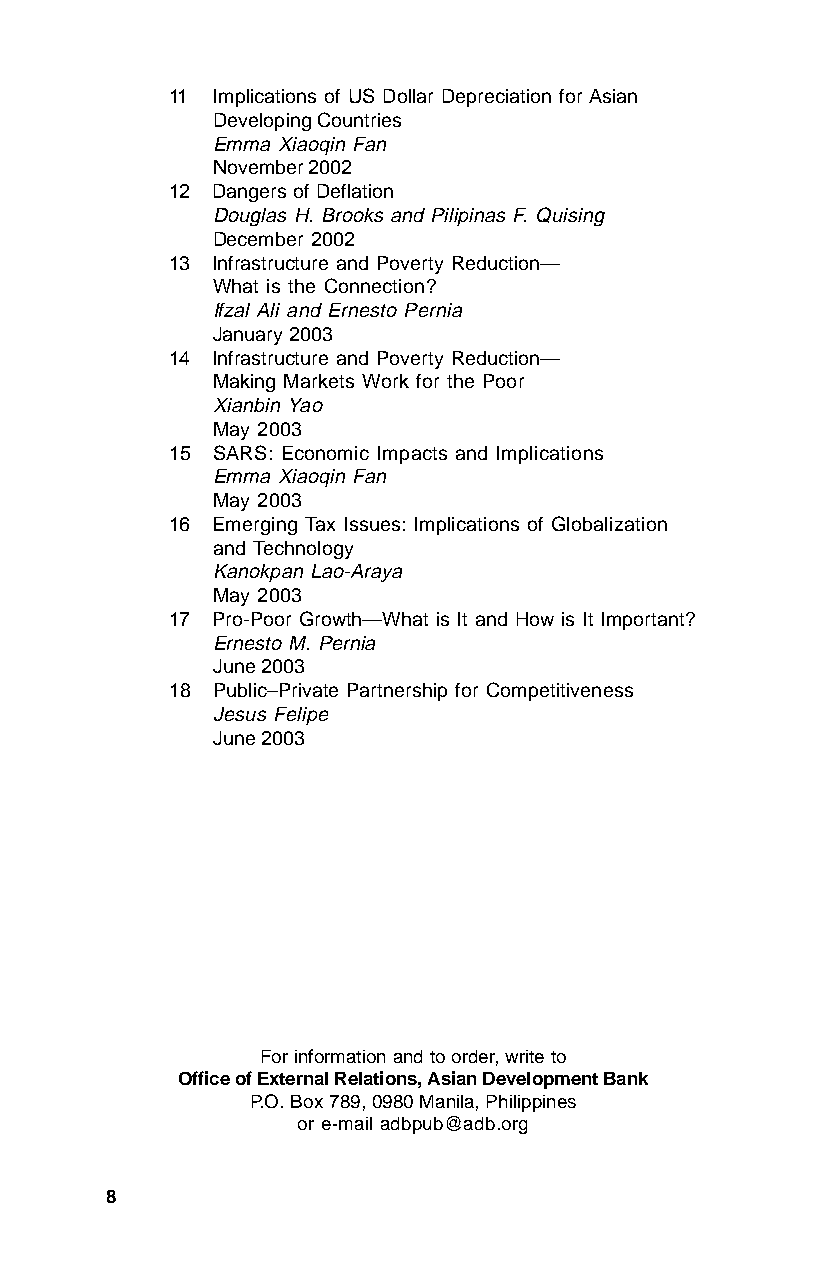
11 Implications of US Dollar Depreciation for Asian
 Developing Countries
 Emma Xiaoqin Fan
 November 2002
 12 Dangers of Deflation
 Douglas H. Brooks and Pilipinas F. Quising
 December 2002
 13 Infrastructure and Poverty Reduction—
 What is the Connection?
 Ifzal Ali and Ernesto Pernia
 January 2003
 14 Infrastructure and Poverty Reduction—
 Making Markets Work for the Poor
 Xianbin Yao
 May 2003
 15 SARS: Economic Impacts and Implications
 Emma Xiaoqin Fan
 May 2003
 16 Emerging Tax Issues: Implications of Globalization
 and Technology
 Kanokpan Lao-Araya
 May 2003
 17 Pro-Poor Growth—What is It and How is It Important?
 Ernesto M. Pernia
 June 2003
 18 Public–Private Partnership for Competitiveness
 Jesus Felipe
 June 2003
 For information and to order, write to
 Office of External Relations, Asian Development Bank
 P.O. Box 789, 0980 Manila, Philippines
 or e-mail adbpub@adb.org
 8